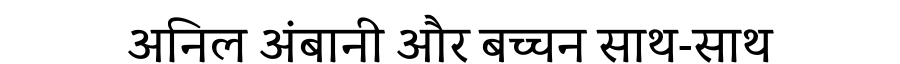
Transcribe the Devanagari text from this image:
अनिल अंबानी और बच्चन साथ-साथ